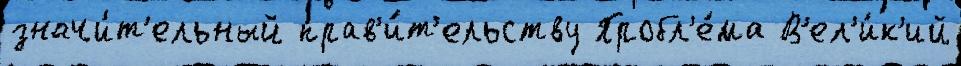
значи́т'ельный прав'и́т'ельству Пробл'е́ма В'ел'и́к'ий